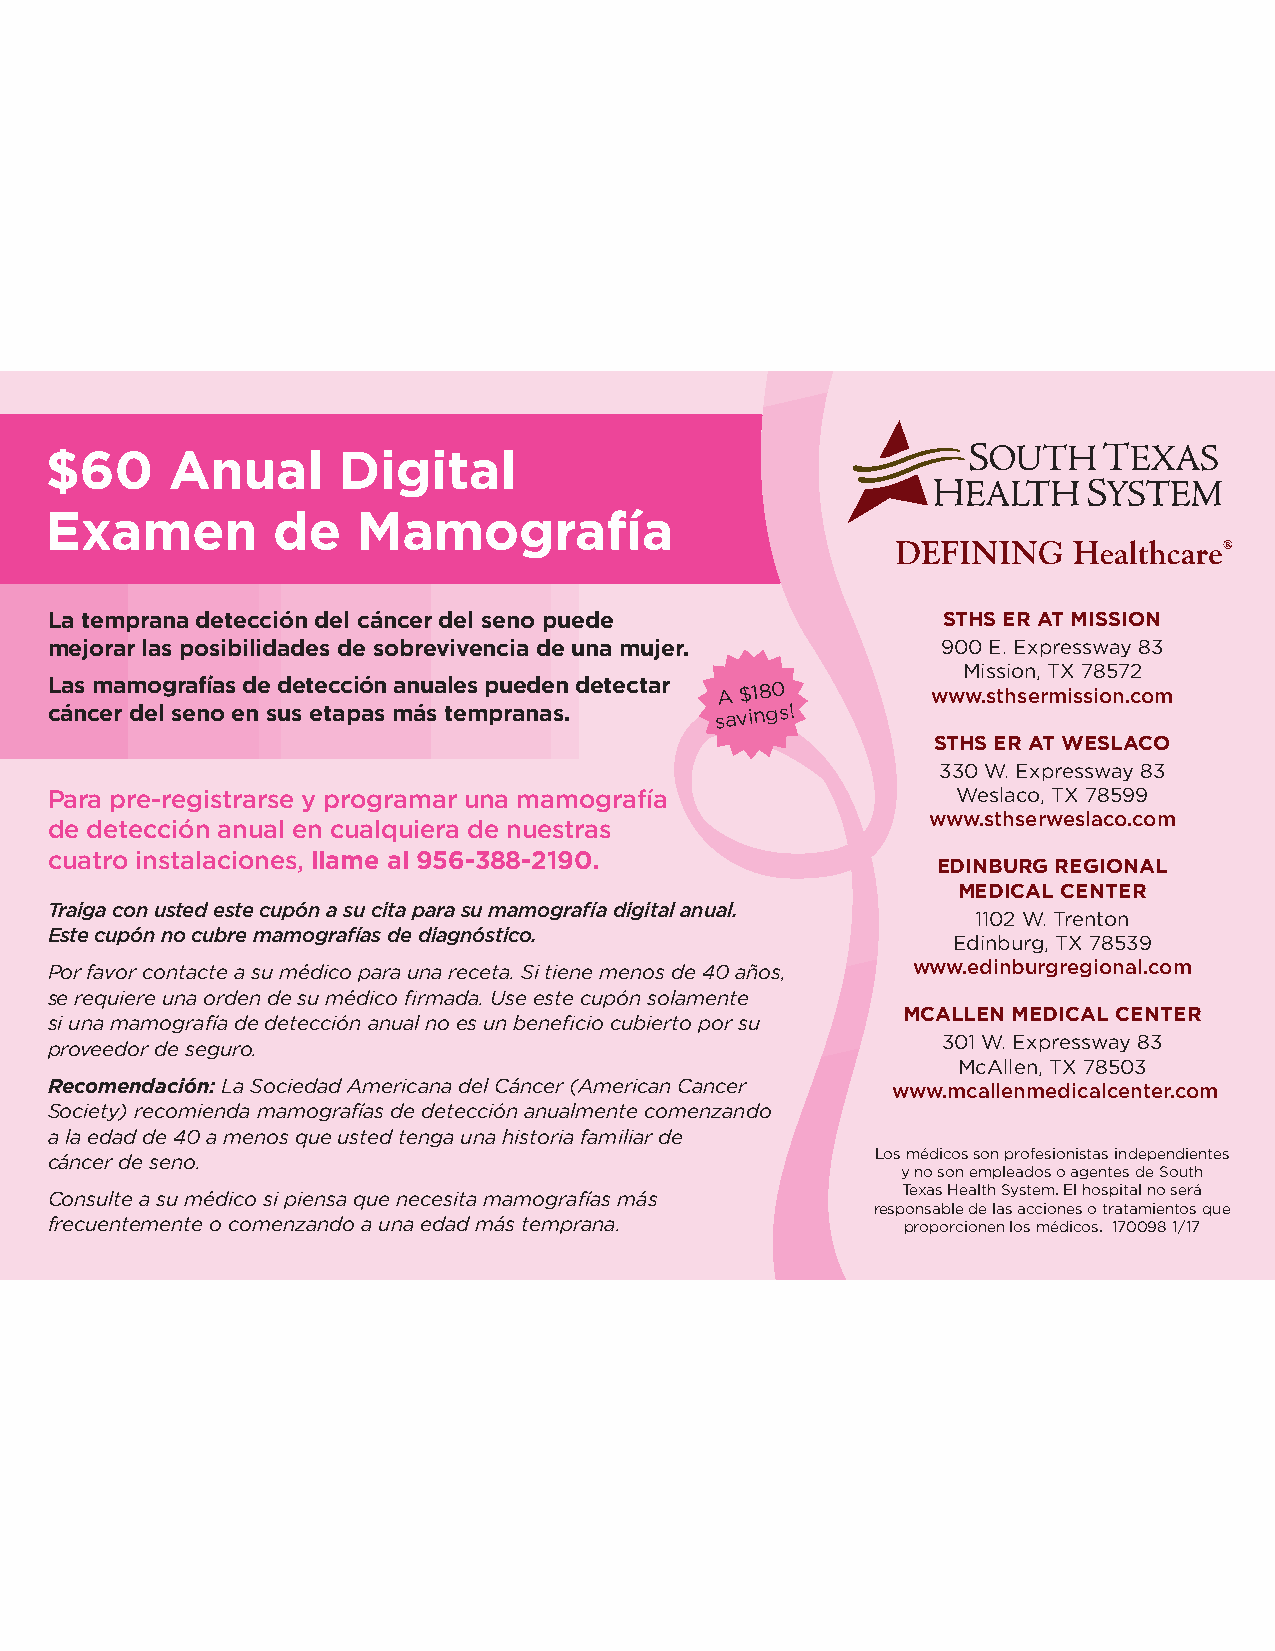
$60     Anual      Digital
 Examen         de    Mamografía
 La temprana detección del cáncer del seno puede            STHS ER AT MISSION
 mejorar las posibilidades de sobrevivencia de una mujer.   900 E. Expressway 83
 Mission, TX 78572
 Las mamografías de detección anuales pueden detectar
 A
 $180
 www.sthsermission.com
 cáncer del seno en sus etapas más tempranas. savings!
 STHS ER AT WESLACO
 330 W. Expressway 83
 Para pre-registrarse y programar una mamografía             Weslaco, TX 78599
 www.sthserweslaco.com
 de detección anual en cualquiera de nuestras
 cuatro instalaciones, llame al 956-388-2190.
 EDINBURG REGIONAL
 MEDICAL CENTER
 Traiga con usted este cupón a su cita para su mamografía digital anual.
 1102 W. Trenton
 Este cupón no cubre mamografías de diagnóstico.
 Edinburg, TX 78539
 Por favor contacte a su médico para una receta. Si tiene menos de 40 años, www.edinburgregional.com
 se requiere una orden de su médico firmada. Use este cupón solamente
 MCALLEN MEDICAL CENTER
 si una mamografía de detección anual no es un beneficio cubierto por su
 301 W. Expressway 83
 proveedor de seguro.
 McAllen, TX 78503
 Recomendación: La Sociedad Americana del Cáncer (American Cancer www.mcallenmedicalcenter.com
 Society) recomienda mamografías de detección anualmente comenzando
 a la edad de 40 a menos que usted tenga una historia familiar de
 Los médicos son profesionistas independientes
 cáncer de seno.
 y no son empleados o agentes de South
 Texas Health System. El hospital no será
 Consulte a su médico si piensa que necesita mamografías más
 responsable de las acciones o tratamientos que
 frecuentemente o comenzando a una edad más temprana.     proporcionen los médicos. 170098 1/17